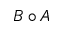
B \circ A